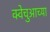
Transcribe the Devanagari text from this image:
क्वेचुआच्या